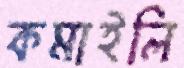
কমাইলি